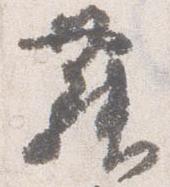
舞